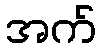
အက်